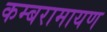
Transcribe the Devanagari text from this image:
कम्बरामायण